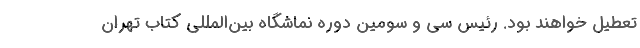
تعطیل خواهند بود. رئیس سی و سومین دوره نماشگاه بین‌المللی کتاب تهران